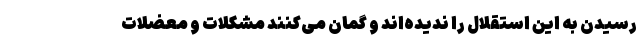
رسیدن به این استقلال را ندیده‌اند و گمان می‌کنند مشکلات و معضلات